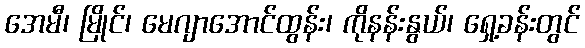
အေမီ၊ မြိုင်၊ မေဂျာအောင်ထွန်း၊ ကိုနန်းနွယ်၊ ရှေ့ခန်းတွင်